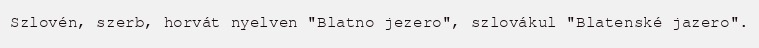
Szlovén, szerb, horvát nyelven "Blatno jezero", szlovákul "Blatenské jazero".